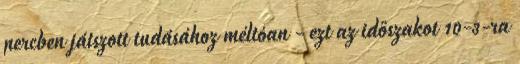
percben játszott tudásához méltóan - ezt az időszakot 10-3-ra